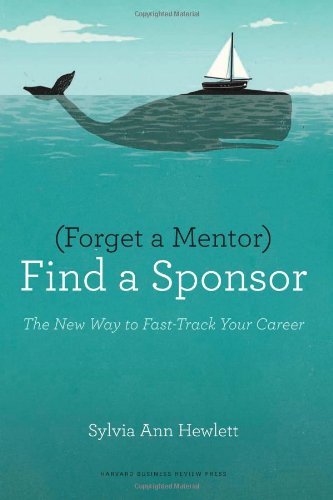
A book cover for Forget a Mentor, Find a Sponsor: The New Way to Fast-Track Your Career; Sylvia Ann Hewlett; Business & Money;